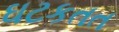
ઘટકતત